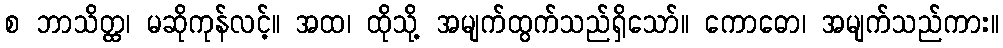
စ ဘာသိတ္ထ၊ မဆိုကုန်လင့်။ အထ၊ ထိုသို့ အမျက်ထွက်သည်ရှိသော်။ ကောဓော၊ အမျက်သည်ကား။